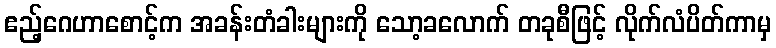
ဧည့်ဂေဟာစောင့်က အခန်းတံခါးများကို သော့ခလောက် တခုစီဖြင့် လိုက်လံပိတ်ကာမှ